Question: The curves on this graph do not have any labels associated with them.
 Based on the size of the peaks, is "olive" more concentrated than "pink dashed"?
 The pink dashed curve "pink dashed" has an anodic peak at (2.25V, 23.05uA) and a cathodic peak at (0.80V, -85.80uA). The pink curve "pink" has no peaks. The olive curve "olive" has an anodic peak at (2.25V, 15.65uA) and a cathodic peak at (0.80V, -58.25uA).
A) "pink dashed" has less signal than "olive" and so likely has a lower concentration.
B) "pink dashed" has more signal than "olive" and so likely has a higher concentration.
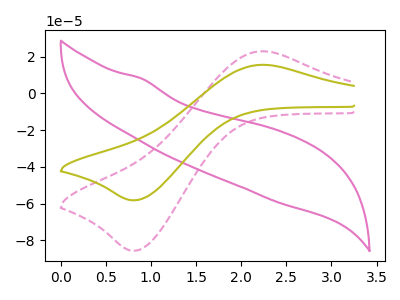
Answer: <think>All the peaks in "pink dashed" have a peak in "olive" at the same potential. Every peak in "pink dashed" is higher than every peak in "olive".
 </think>
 <answer>B) "pink dashed" has more signal than "olive" and so likely has a higher concentration.</answer>
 <eval>B</eval>